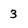
Character: 3